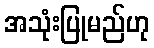
အသုံးပြုမည်ဟု